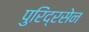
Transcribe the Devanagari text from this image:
पुरिंद्रसेन